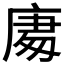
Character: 𭙧